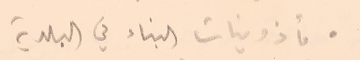
● مأذونيات البناء في البلدية